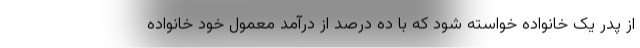
از پدر یک خانواده خواسته شود که با ده درصد از درآمد معمول خود خانواده